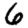
Digit: 6